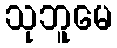
သုဘူမေ